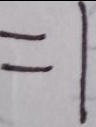
= 1